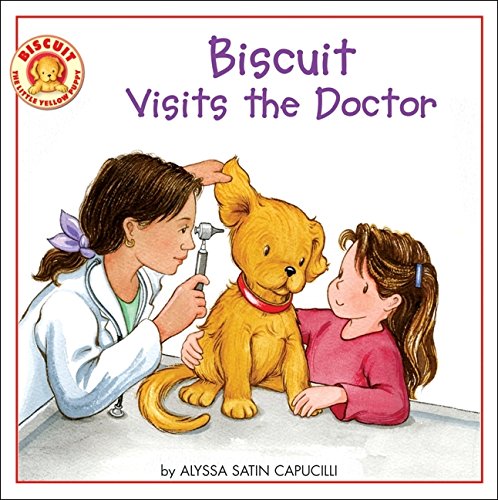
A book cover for Biscuit Visits the Doctor; Alyssa Satin Capucilli; Children's Books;